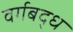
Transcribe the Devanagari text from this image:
वर्गबद्ध